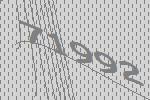
71992